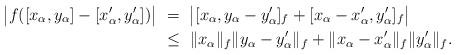
LaTeX: \begin{align*} \bigl|f([x_\alpha, y_\alpha] - [x'_\alpha,y'_\alpha])\bigr| & \ =\ \bigl| [x_\alpha, y_\alpha - y'_\alpha]_f + [x_\alpha - x'_\alpha, y'_\alpha]_f\bigr| \\ &\ \leq\ \|x_\alpha\|_f \|y_\alpha - y'_\alpha\|_f + \|x_\alpha - x'_\alpha\|_f \| y'_\alpha \|_f.\end{align*}